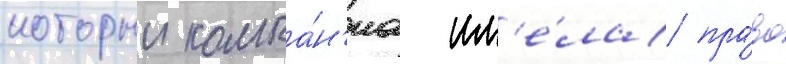
которыи компа́н'иа им'е́ла пра́во